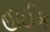
હાઈક